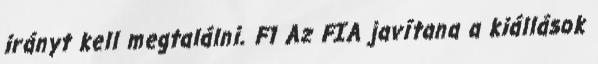
irányt kell megtalálni. F1 Az FIA javítana a kiállások